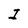
Character: I